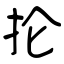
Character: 抡